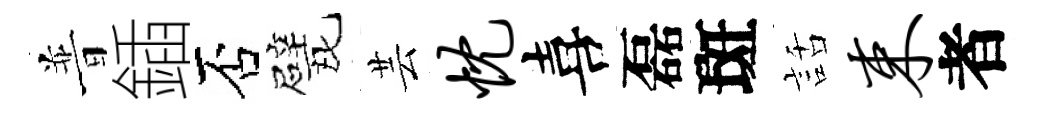
普鍤否戏芸忱喜磊斑話束者